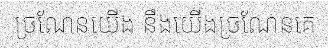
ច្រណែនយើង នឹងយើងច្រណែនគេ